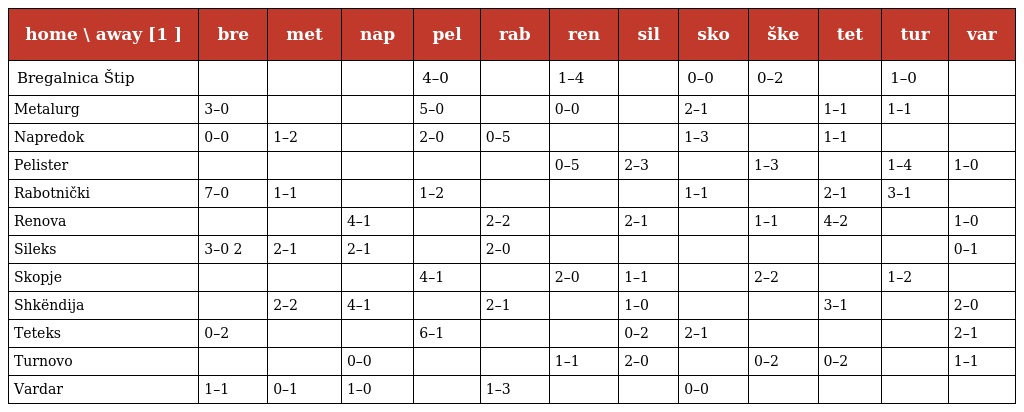
| home \ away [1 ] | bre | met | nap | pel | rab | ren | sil | sko | ške | tet | tur | var |
 | --- | --- | --- | --- | --- | --- | --- | --- | --- | --- | --- | --- | --- |
 | Bregalnica Štip |  |  |  | 4–0 |  | 1–4 |  | 0–0 | 0–2 |  | 1–0 |  |
 | Metalurg | 3–0 |  |  | 5–0 |  | 0–0 |  | 2–1 |  | 1–1 | 1–1 |  |
 | Napredok | 0–0 | 1–2 |  | 2–0 | 0–5 |  |  | 1–3 |  | 1–1 |  |  |
 | Pelister |  |  |  |  |  | 0–5 | 2–3 |  | 1–3 |  | 1–4 | 1–0 |
 | Rabotnički | 7–0 | 1–1 |  | 1–2 |  |  |  | 1–1 |  | 2–1 | 3–1 |  |
 | Renova |  |  | 4–1 |  | 2–2 |  | 2–1 |  | 1–1 | 4–2 |  | 1–0 |
 | Sileks | 3–0 2 | 2–1 | 2–1 |  | 2–0 |  |  |  |  |  |  | 0–1 |
 | Skopje |  |  |  | 4–1 |  | 2–0 | 1–1 |  | 2–2 |  | 1–2 |  |
 | Shkëndija |  | 2–2 | 4–1 |  | 2–1 |  | 1–0 |  |  | 3–1 |  | 2–0 |
 | Teteks | 0–2 |  |  | 6–1 |  |  | 0–2 | 2–1 |  |  |  | 2–1 |
 | Turnovo |  |  | 0–0 |  |  | 1–1 | 2–0 |  | 0–2 | 0–2 |  | 1–1 |
 | Vardar | 1–1 | 0–1 | 1–0 |  | 1–3 |  |  | 0–0 |  |  |  |  |